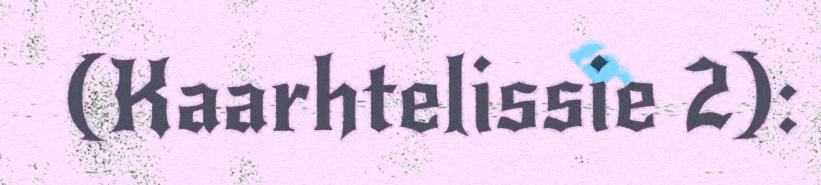
(Kaarhtelissie 2):